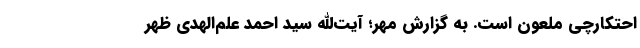
احتکارچی ملعون است. به گزارش مهر؛ آیت‌الله سید احمد علم‌الهدی ظهر